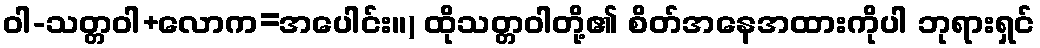
ဝါ-သတ္တဝါ+လောက=အပေါင်း။) ထိုသတ္တဝါတို့၏ စိတ်အနေအထားကိုပါ ဘုရားရှင်